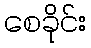
စေခိုင်း